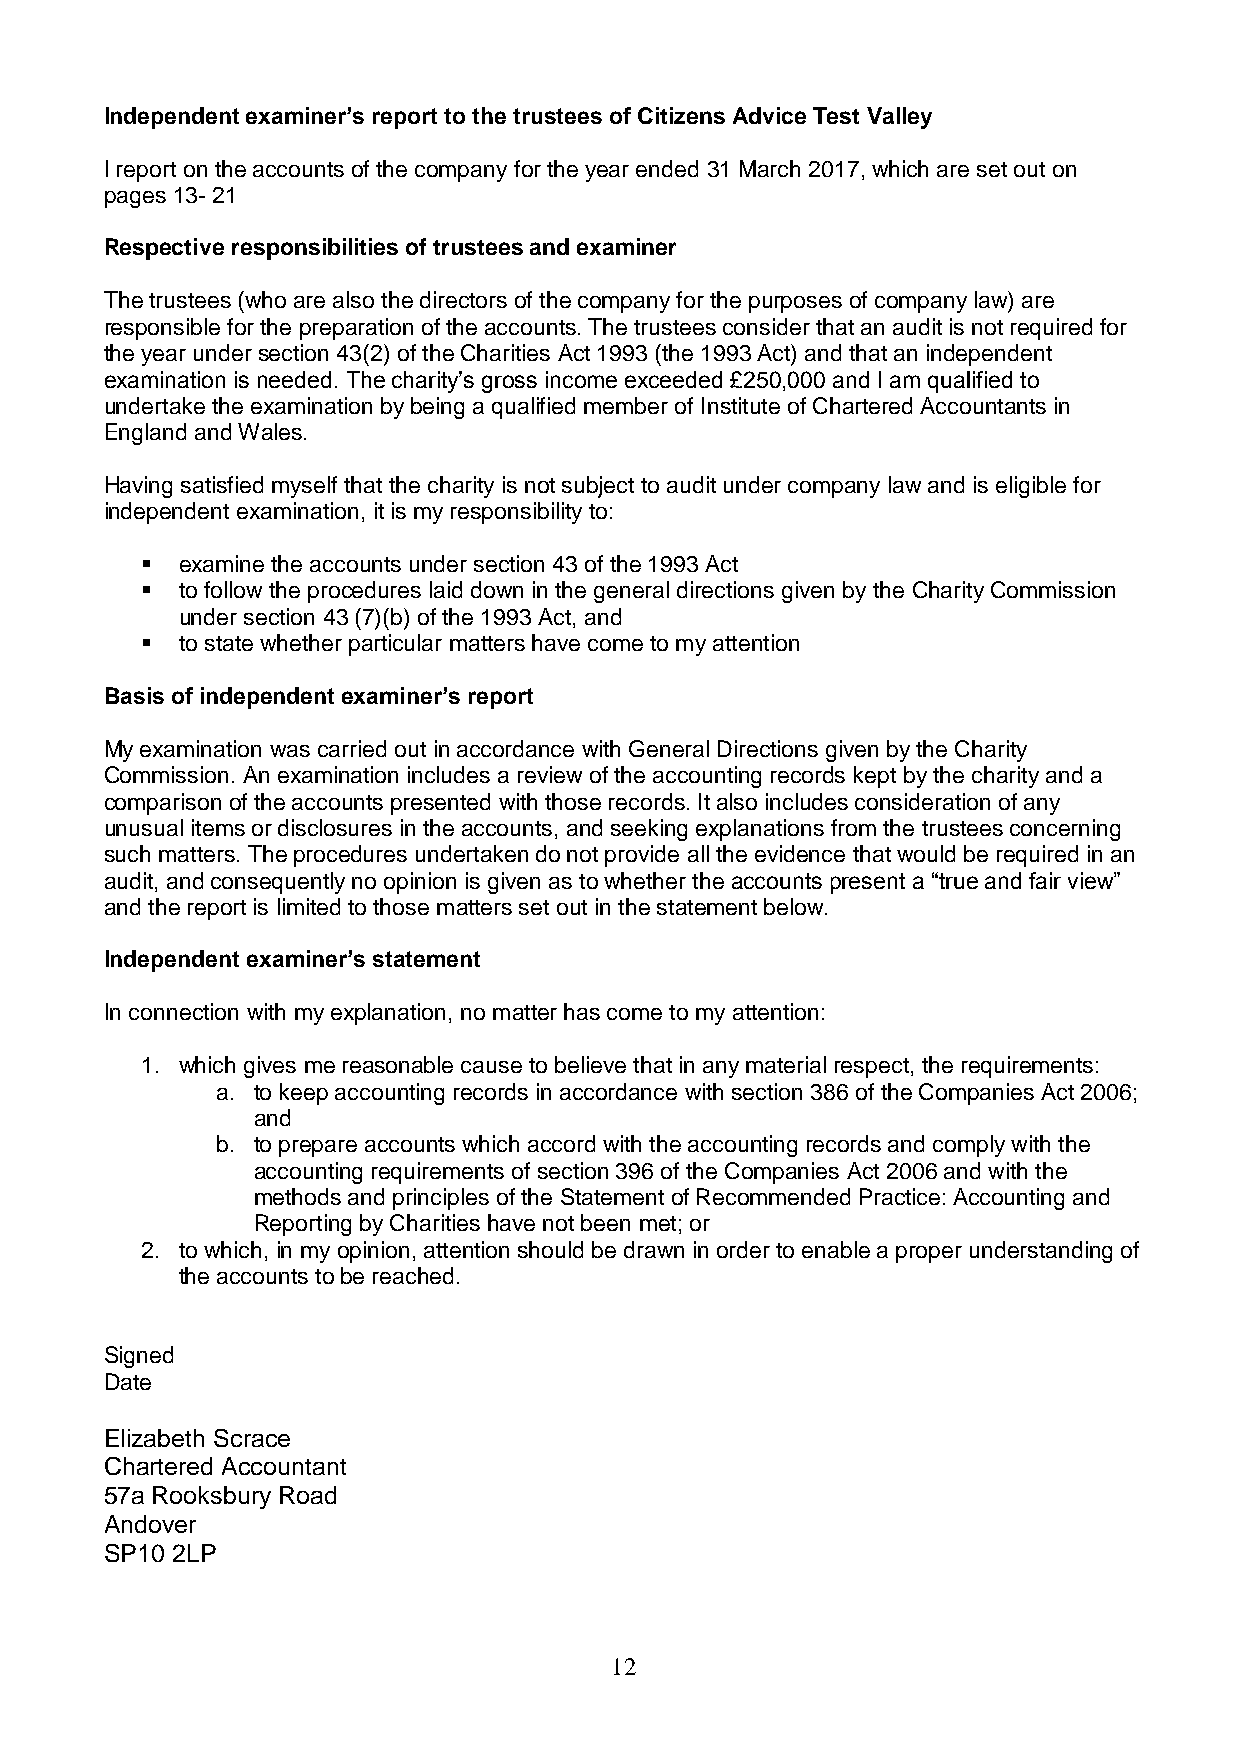
Independent examiner’s report to the trustees of Citizens Advice Test Valley
 I report on the accounts of the company for the year ended 31 March 2017, which are set out on
 pages 13- 21
 Respective responsibilities of trustees and examiner
 The trustees (who are also the directors of the company for the purposes of company law) are
 responsible for the preparation of the accounts. The trustees consider that an audit is not required for
 the year under section 43(2) of the Charities Act 1993 (the 1993 Act) and that an independent
 examination is needed. The charity’s gross income exceeded £250,000 and I am qualified to
 undertake the examination by being a qualified member of Institute of Chartered Accountants in
 England and Wales.
 Having satisfied myself that the charity is not subject to audit under company law and is eligible for
 independent examination, it is my responsibility to:
   examine the accounts under section 43 of the 1993 Act
   to follow the procedures laid down in the general directions given by the Charity Commission
 under section 43 (7)(b) of the 1993 Act, and
   to state whether particular matters have come to my attention
 Basis of independent examiner’s report
 My examination was carried out in accordance with General Directions given by the Charity
 Commission. An examination includes a review of the accounting records kept by the charity and a
 comparison of the accounts presented with those records. It also includes consideration of any
 unusual items or disclosures in the accounts, and seeking explanations from the trustees concerning
 such matters. The procedures undertaken do not provide all the evidence that would be required in an
 audit, and consequently no opinion is given as to whether the accounts present a “true and fair view”
 and the report is limited to those matters set out in the statement below.
 Independent examiner’s statement
 In connection with my explanation, no matter has come to my attention:
 1. which gives me reasonable cause to believe that in any material respect, the requirements:
 a. to keep accounting records in accordance with section 386 of the Companies Act 2006;
 and
 b. to prepare accounts which accord with the accounting records and comply with the
 accounting requirements of section 396 of the Companies Act 2006 and with the
 methods and principles of the Statement of Recommended Practice: Accounting and
 Reporting by Charities have not been met; or
 2. to which, in my opinion, attention should be drawn in order to enable a proper understanding of
 the accounts to be reached.
 Signed
 Date
 Elizabeth Scrace
 Chartered Accountant
 57a Rooksbury Road
 Andover
 SP10 2LP
 12